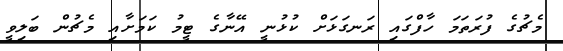
މެޗުގެ ފުރަތަމަ ހާފްގައި ރަނގަޅަށް ކުޅުނީ އޭނާގެ ޓީމު ކަމަށާއި މެޗުން ބަލިވީ